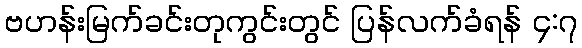
ဗဟန်းမြက်ခင်းတုကွင်းတွင် ပြန်လက်ခံရန် ၄:၇